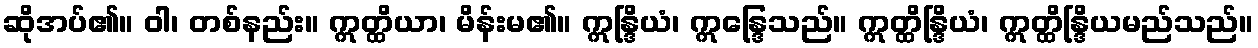
ဆိုအပ်၏။ ဝါ၊ တစ်နည်း။ ဣတ္ထိယာ၊ မိန်းမ၏။ ဣန္ဒြိယံ၊ ဣန္ဒြေသည်။ ဣတ္ထိန္ဒြိယံ၊ ဣတ္ထိန္ဒြိယမည်သည်။